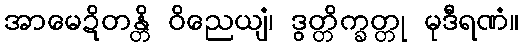
အာမေဍိတန္တိ ဝိညေယျံ၊ ဒွတ္တိက္ခတ္တု မုဒီရဏံ။